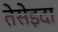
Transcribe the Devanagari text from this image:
तेसेइदा